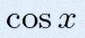
\cos x